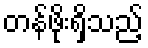
တန်ဖိုးရှိသည့်